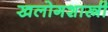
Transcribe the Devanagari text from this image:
खलोगशास्त्री